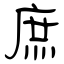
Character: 庶